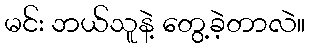
မင်း ဘယ်သူနဲ့ တွေ့ခဲ့တာလဲ။